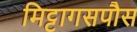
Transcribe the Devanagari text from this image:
मिट्टागसपौस